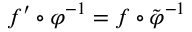
f ^ { \prime } \circ \varphi ^ { - 1 } = f \circ \tilde { \varphi } ^ { - 1 }